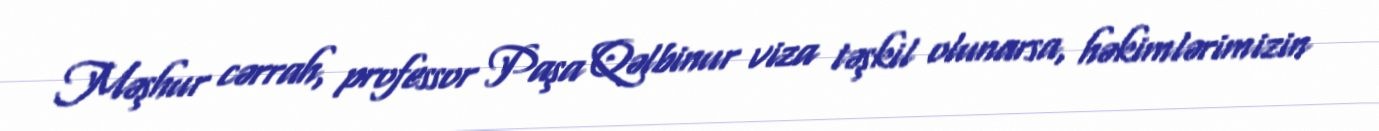
Məşhur cərrah, professor Paşa Qəlbinur viza təşkil olunarsa, həkimlərimizin